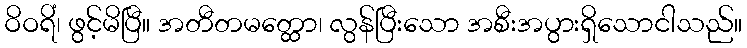
ဝိဝရိံ၊ ဖွင့်မိပြီ။ အတီတမတ္ထော၊ လွန်ပြီးသော အစီးအပွားရှိသောငါသည်။